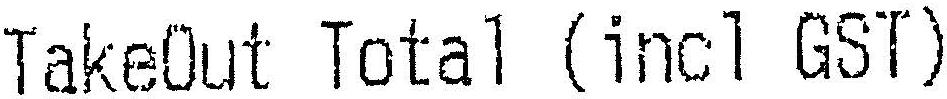
TAKEOUT TOTAL (INCL GST)